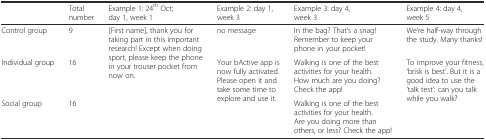
<table><thead><tr><td></td><td><b>Total number</b></td><td><b>Example 1: 24<sup>th</sup> Oct; day 1, week 1</b></td><td><b>Example 2: day 1, week 3</b></td><td><b>Example 3: day 4, week 3</b></td><td><b>Example 4: day 4, week 5</b></td></tr></thead><tbody><tr><td>Control group</td><td>9</td><td rowspan="3">[First name], thank you for taking part in this important research! Except when doing sport, please keep the phone in your trouser pocket from now on.</td><td>no message</td><td>In the bag? That’s a snag! Remember to keep your phone in your pocket!</td><td>We’re half-way through the study. Many thanks!</td></tr><tr><td>Individual group</td><td>16</td><td rowspan="2">Your bActive app is now fully activated. Please open it and take some time to explore and use it.</td><td>Walking is one of the best activities for your health. How much are you doing? Check the app!</td><td rowspan="2">To improve your fitness, ‘brisk is best’. But it is a good idea to use the ‘talk test’: can you talk while you walk?</td></tr><tr><td>Social group</td><td>16</td><td>Walking is one of the best activities for your health. Are you doing more than others, or less? Check the app!</td></tr></tbody></table>